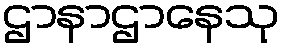
ဌာနာဌာနေသု